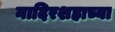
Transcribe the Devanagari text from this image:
नादिरशहाच्या